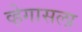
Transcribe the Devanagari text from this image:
व्हेगासला